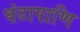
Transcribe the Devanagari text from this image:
घंटापाणि